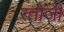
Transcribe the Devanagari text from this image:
रतोजी